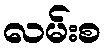
လမ်းစ